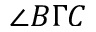
\angle B \Gamma C